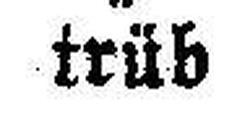
trüb